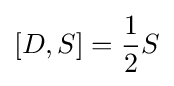
[D,S]={\frac {1}{2}}S